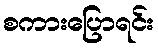
စကားပြောရင်း